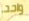
واحد